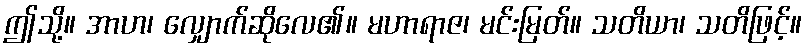
ဤသို့။ အာဟ၊ လျှောက်ဆိုလေ၏။ မဟာရာဇ၊ မင်းမြတ်။ သတိယာ၊ သတိဖြင့်။